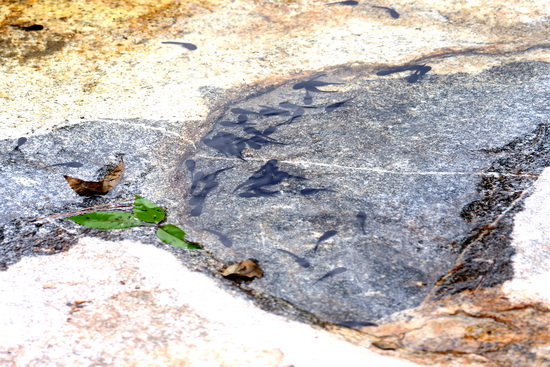
日光下澈，影布石上，佁然不动